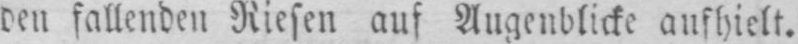
den fallenden Riesen auf Augenblicke aufhielt.